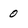
Character: 0